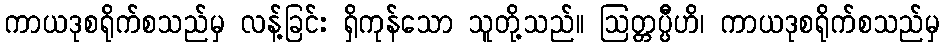
ကာယဒုစရိုက်စသည်မှ လန့်ခြင်း ရှိကုန်သော သူတို့သည်။ ဩတ္တပ္ပီိဟိ၊ ကာယဒုစရိုက်စသည်မှ